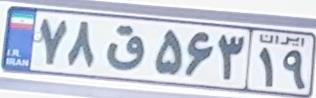
۷۸ق۵۶۳۱۹